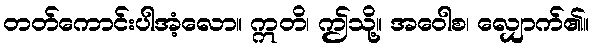
တတ်ကောင်းပါအံ့လော။ ဣတိ၊ ဤသို့။ အဝေါစ၊ လျှောက်၏။